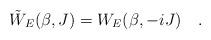
LaTeX: \begin{align*}\tilde{W}_E(\beta,J)=W_E(\beta,-iJ)~~~.\end{align*}